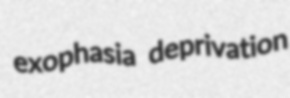
exophasia deprivation